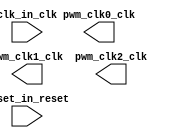

module pwm_pll (
	clk_in_clk,
	reset_in_reset,
	pwm_clk0_clk,
	pwm_clk1_clk,
	pwm_clk2_clk);	

	input		clk_in_clk;
	input		reset_in_reset;
	output		pwm_clk0_clk;
	output		pwm_clk1_clk;
	output		pwm_clk2_clk;
endmodule